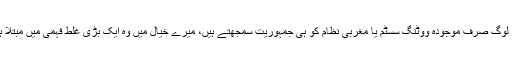
جو لوگ صرف موجودہ ووٹنگ سسٹم یا مغربی نظام کو ہی جمہوریت سمجھتے ہیں، میرے خیال میں وہ ایک بڑی غلط فہمی میں مبتلا ہیں۔